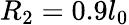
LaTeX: R_{2}=0.9l_{0}